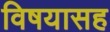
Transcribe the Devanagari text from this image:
विषयासह